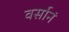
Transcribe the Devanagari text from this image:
वर्सानं